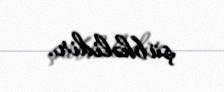
şübhəlidir.